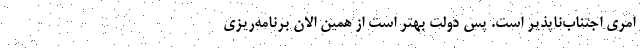
امری اجتناب‌ناپذیر است. پس دولت بهتر است از همین الان برنامه‌ریزی